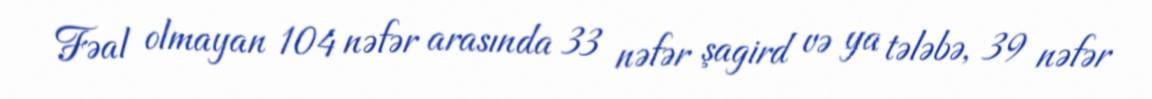
Fəal olmayan 104 nəfər arasında 33 nəfər şagird və ya tələbə, 39 nəfər